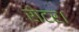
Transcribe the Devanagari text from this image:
रोटर।